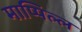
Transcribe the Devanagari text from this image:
माप्पिल्ल